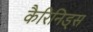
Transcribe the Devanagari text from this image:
कैरिनिड्स